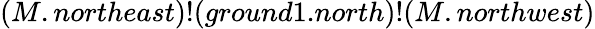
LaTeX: (M.northeast)!(ground1.north)!(M.northwest)